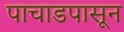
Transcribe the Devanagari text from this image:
पाचाडपासून